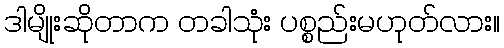
ဒါမျိုးဆိုတာက တခါသုံး ပစ္စည်းမဟုတ်လား။